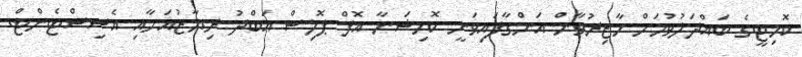
ކޮމިޓީގެ ބައްދަލުވުމަށް ހާޒިރުވާން އަންގާފައިވަނީ ކޮމިޝަނާ އޮފް ޕޮލިސް އަބްދު ރިޔާޒުއަށާއި އެސިސްޓެންޓް